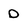
Character: D